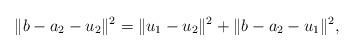
LaTeX: \begin{align*}\|b-a_2-u_2\|^2=\|u_1-u_2\|^2+\|b-a_2-u_1\|^2,\end{align*}